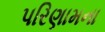
પરિણામના